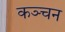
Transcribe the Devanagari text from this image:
कञ्चन